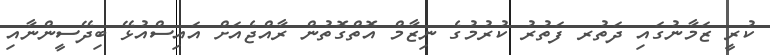
ކުރީ ޒަމާނުގައި ދަތުރ ފަތުރު ކުރުމުގެ ނިޒާމް އޮތްގޮތުން ރާއްޖެއަށް އައިސްއުޅޭ ބިދޭސީންނާއި